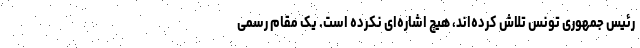
رئیس جمهوری تونس تلاش کرده‌اند، هیچ اشاره‌ای نکرده است. یک مقام رسمی